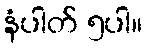
နံပါတ် ၅ပါ။